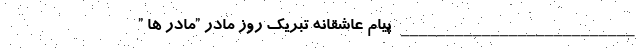
__________________________ پیام عاشقانه تبریک روز مادر ”مادر ها ”